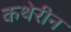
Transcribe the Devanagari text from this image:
कथेरीन